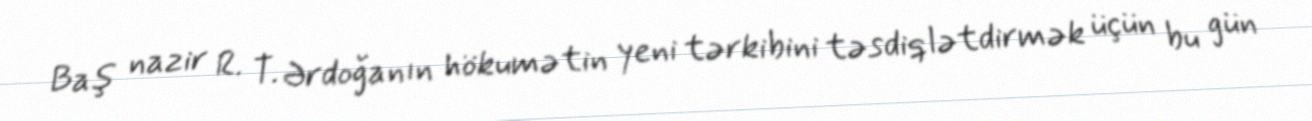
Baş nazir R. T. Ərdoğanın hökumətin yeni tərkibini təsdiqlətdirmək üçün bu gün